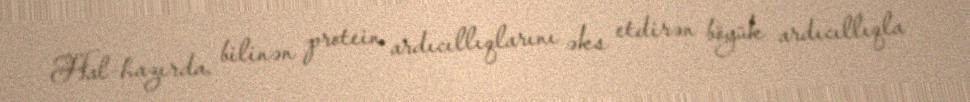
Hal-hazırda, bilinən protein ardıcıllıqlarını əks etdirən böyük ardıcıllıqla